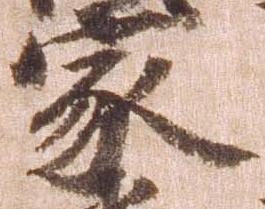
家